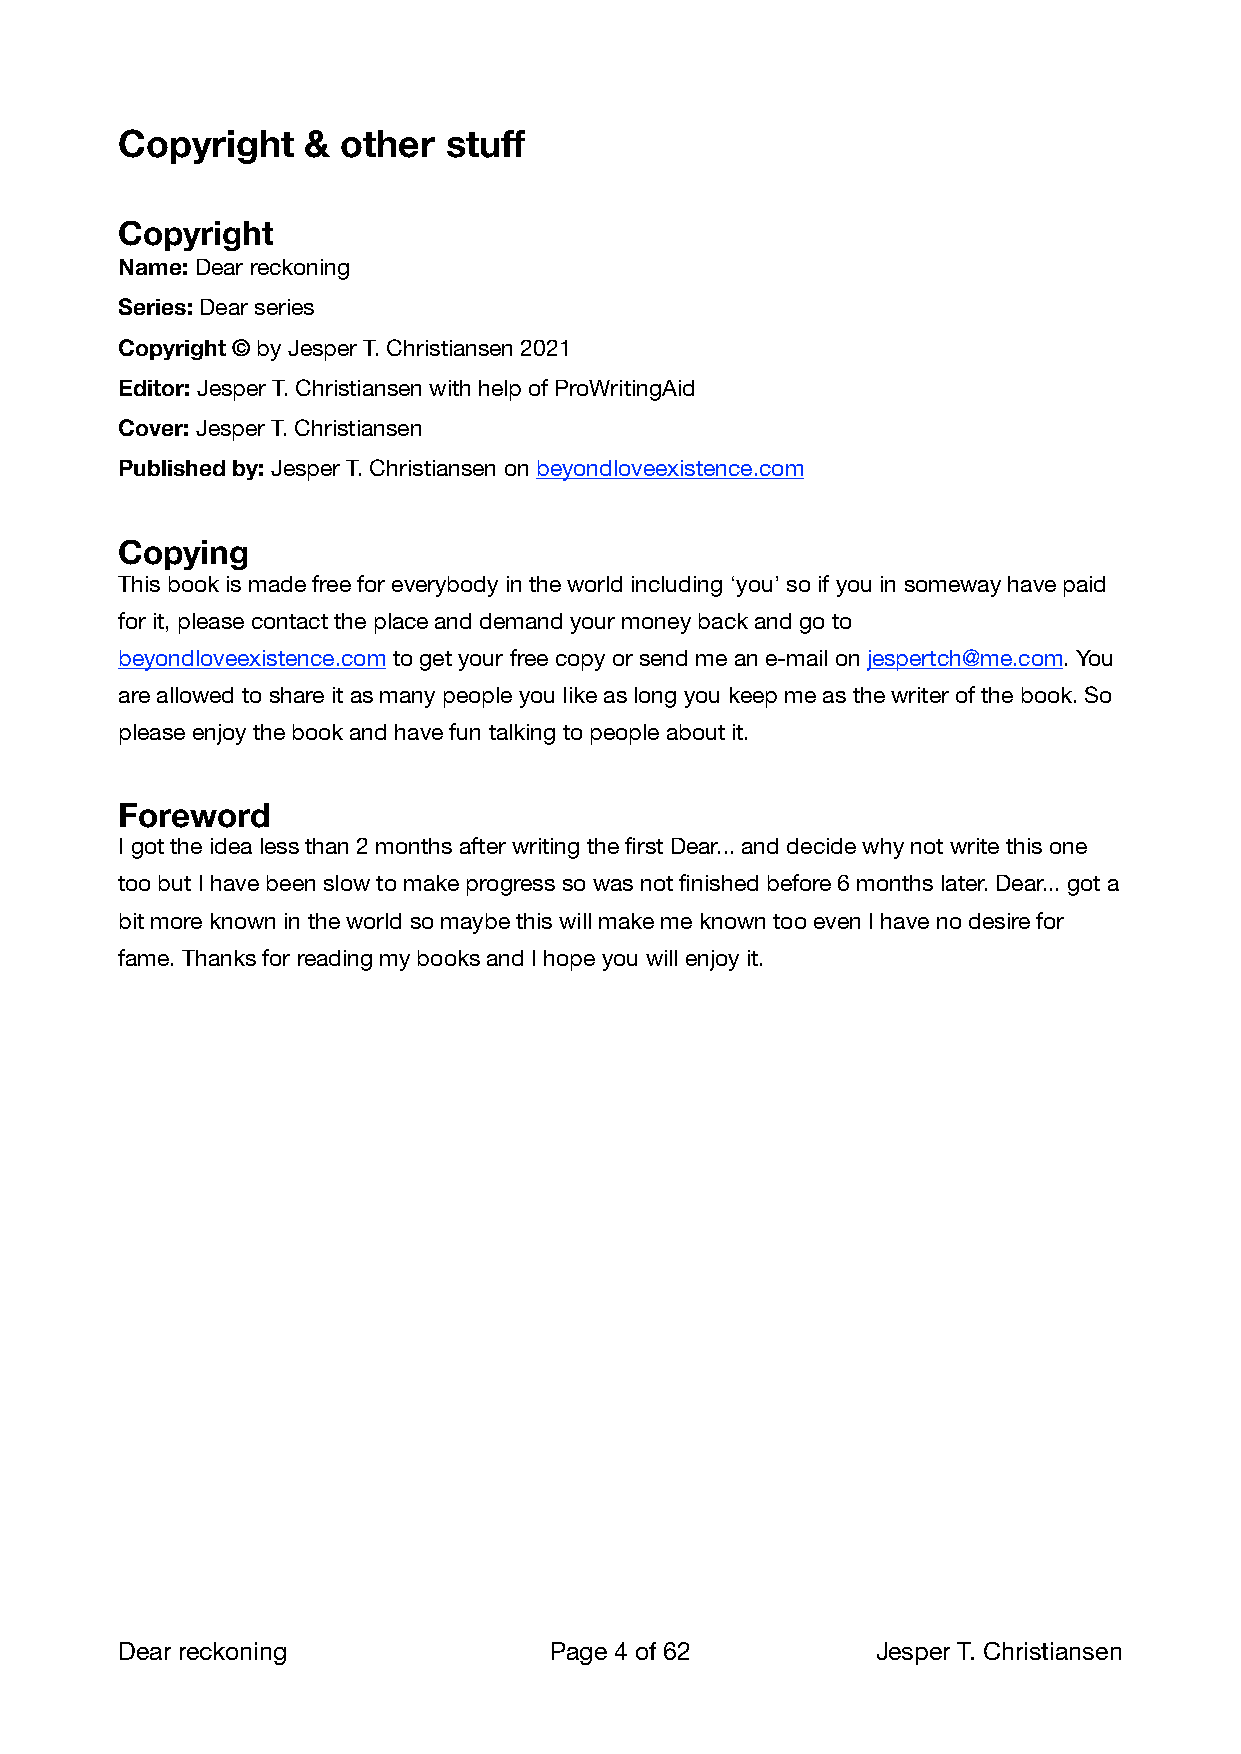
Copyright   &  other stuff
 Copyright
 Name: Dear reckoning
 Series: Dear series
 Copyright © by Jesper T. Christiansen 2021
 Editor: Jesper T. Christiansen with help of ProWritingAid
 Cover: Jesper T. Christiansen
 Published by: Jesper T. Christiansen on beyondloveexistence.com
 Copying
 This book is made free for everybody in the world including ‘you’ so if you in someway have paid
 for it, please contact the place and demand your money back and go to
 beyondloveexistence.com to get your free copy or send me an e-mail on jespertch@me.com. You
 are allowed to share it as many people you like as long you keep me as the writer of the book. So
 please enjoy the book and have fun talking to people about it.
 Foreword
 I got the idea less than 2 months after writing the first Dear... and decide why not write this one
 too but I have been slow to make progress so was not finished before 6 months later. Dear... got a
 bit more known in the world so maybe this will make me known too even I have no desire for
 fame. Thanks for reading my books and I hope you will enjoy it.
 Dear reckoning              Page 4 of 62         Jesper T. Christiansen